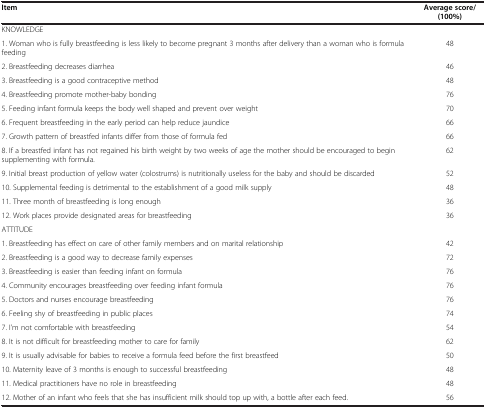
<table><thead><tr><td><b>Item</b></td><td><b>Average score/(100%)</b></td></tr></thead><tbody><tr><td colspan="2">KNOWLEDGE</td></tr><tr><td>1. Woman who is fully breastfeeding is less likely to become pregnant 3 months after delivery than a woman who is formula feeding</td><td>48</td></tr><tr><td>2. Breastfeeding decreases diarrhea</td><td>46</td></tr><tr><td>3. Breastfeeding is a good contraceptive method</td><td>48</td></tr><tr><td>4. Breastfeeding promote mother-baby bonding</td><td>76</td></tr><tr><td>5. Feeding infant formula keeps the body well shaped and prevent over weight</td><td>70</td></tr><tr><td>6. Frequent breastfeeding in the early period can help reduce jaundice</td><td>66</td></tr><tr><td>7. Growth pattern of breastfed infants differ from those of formula fed</td><td>66</td></tr><tr><td>8. If a breastfed infant has not regained his birth weight by two weeks of age the mother should be encouraged to begin supplementing with formula.</td><td>62</td></tr><tr><td>9. Initial breast production of yellow water (colostrums) is nutritionally useless for the baby and should be discarded</td><td>52</td></tr><tr><td>10. Supplemental feeding is detrimental to the establishment of a good milk supply</td><td>48</td></tr><tr><td>11. Three month of breastfeeding is long enough</td><td>36</td></tr><tr><td>12. Work places provide designated areas for breastfeeding</td><td>36</td></tr><tr><td colspan="2">ATTITUDE</td></tr><tr><td>1. Breastfeeding has effect on care of other family members and on marital relationship</td><td>42</td></tr><tr><td>2. Breastfeeding is a good way to decrease family expenses</td><td>72</td></tr><tr><td>3. Breastfeeding is easier than feeding infant on formula</td><td>76</td></tr><tr><td>4. Community encourages breastfeeding over feeding infant formula</td><td>76</td></tr><tr><td>5. Doctors and nurses encourage breastfeeding</td><td>76</td></tr><tr><td>6. Feeling shy of breastfeeding in public places</td><td>74</td></tr><tr><td>7. I’m not comfortable with breastfeeding</td><td>54</td></tr><tr><td>8. It is not difficult for breastfeeding mother to care for family</td><td>62</td></tr><tr><td>9. It is usually advisable for babies to receive a formula feed before the first breastfeed</td><td>50</td></tr><tr><td>10. Maternity leave of 3 months is enough to successful breastfeeding</td><td>48</td></tr><tr><td>11. Medical practitioners have no role in breastfeeding</td><td>48</td></tr><tr><td>12. Mother of an infant who feels that she has insufficient milk should top up with, a bottle after each feed.</td><td>56</td></tr></tbody></table>